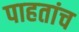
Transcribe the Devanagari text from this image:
पाहतांच